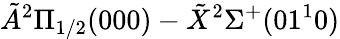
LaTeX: \tilde{A}^{2}\Pi_{1/2}(000)-\tilde{X}^{2}\Sigma^{+}(01^{1}0)